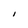
Character: I